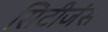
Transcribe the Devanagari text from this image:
सिटीजंस